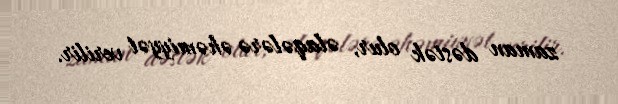
zaman dəstək olur, əlaqələrə əhəmiyyət verilir.